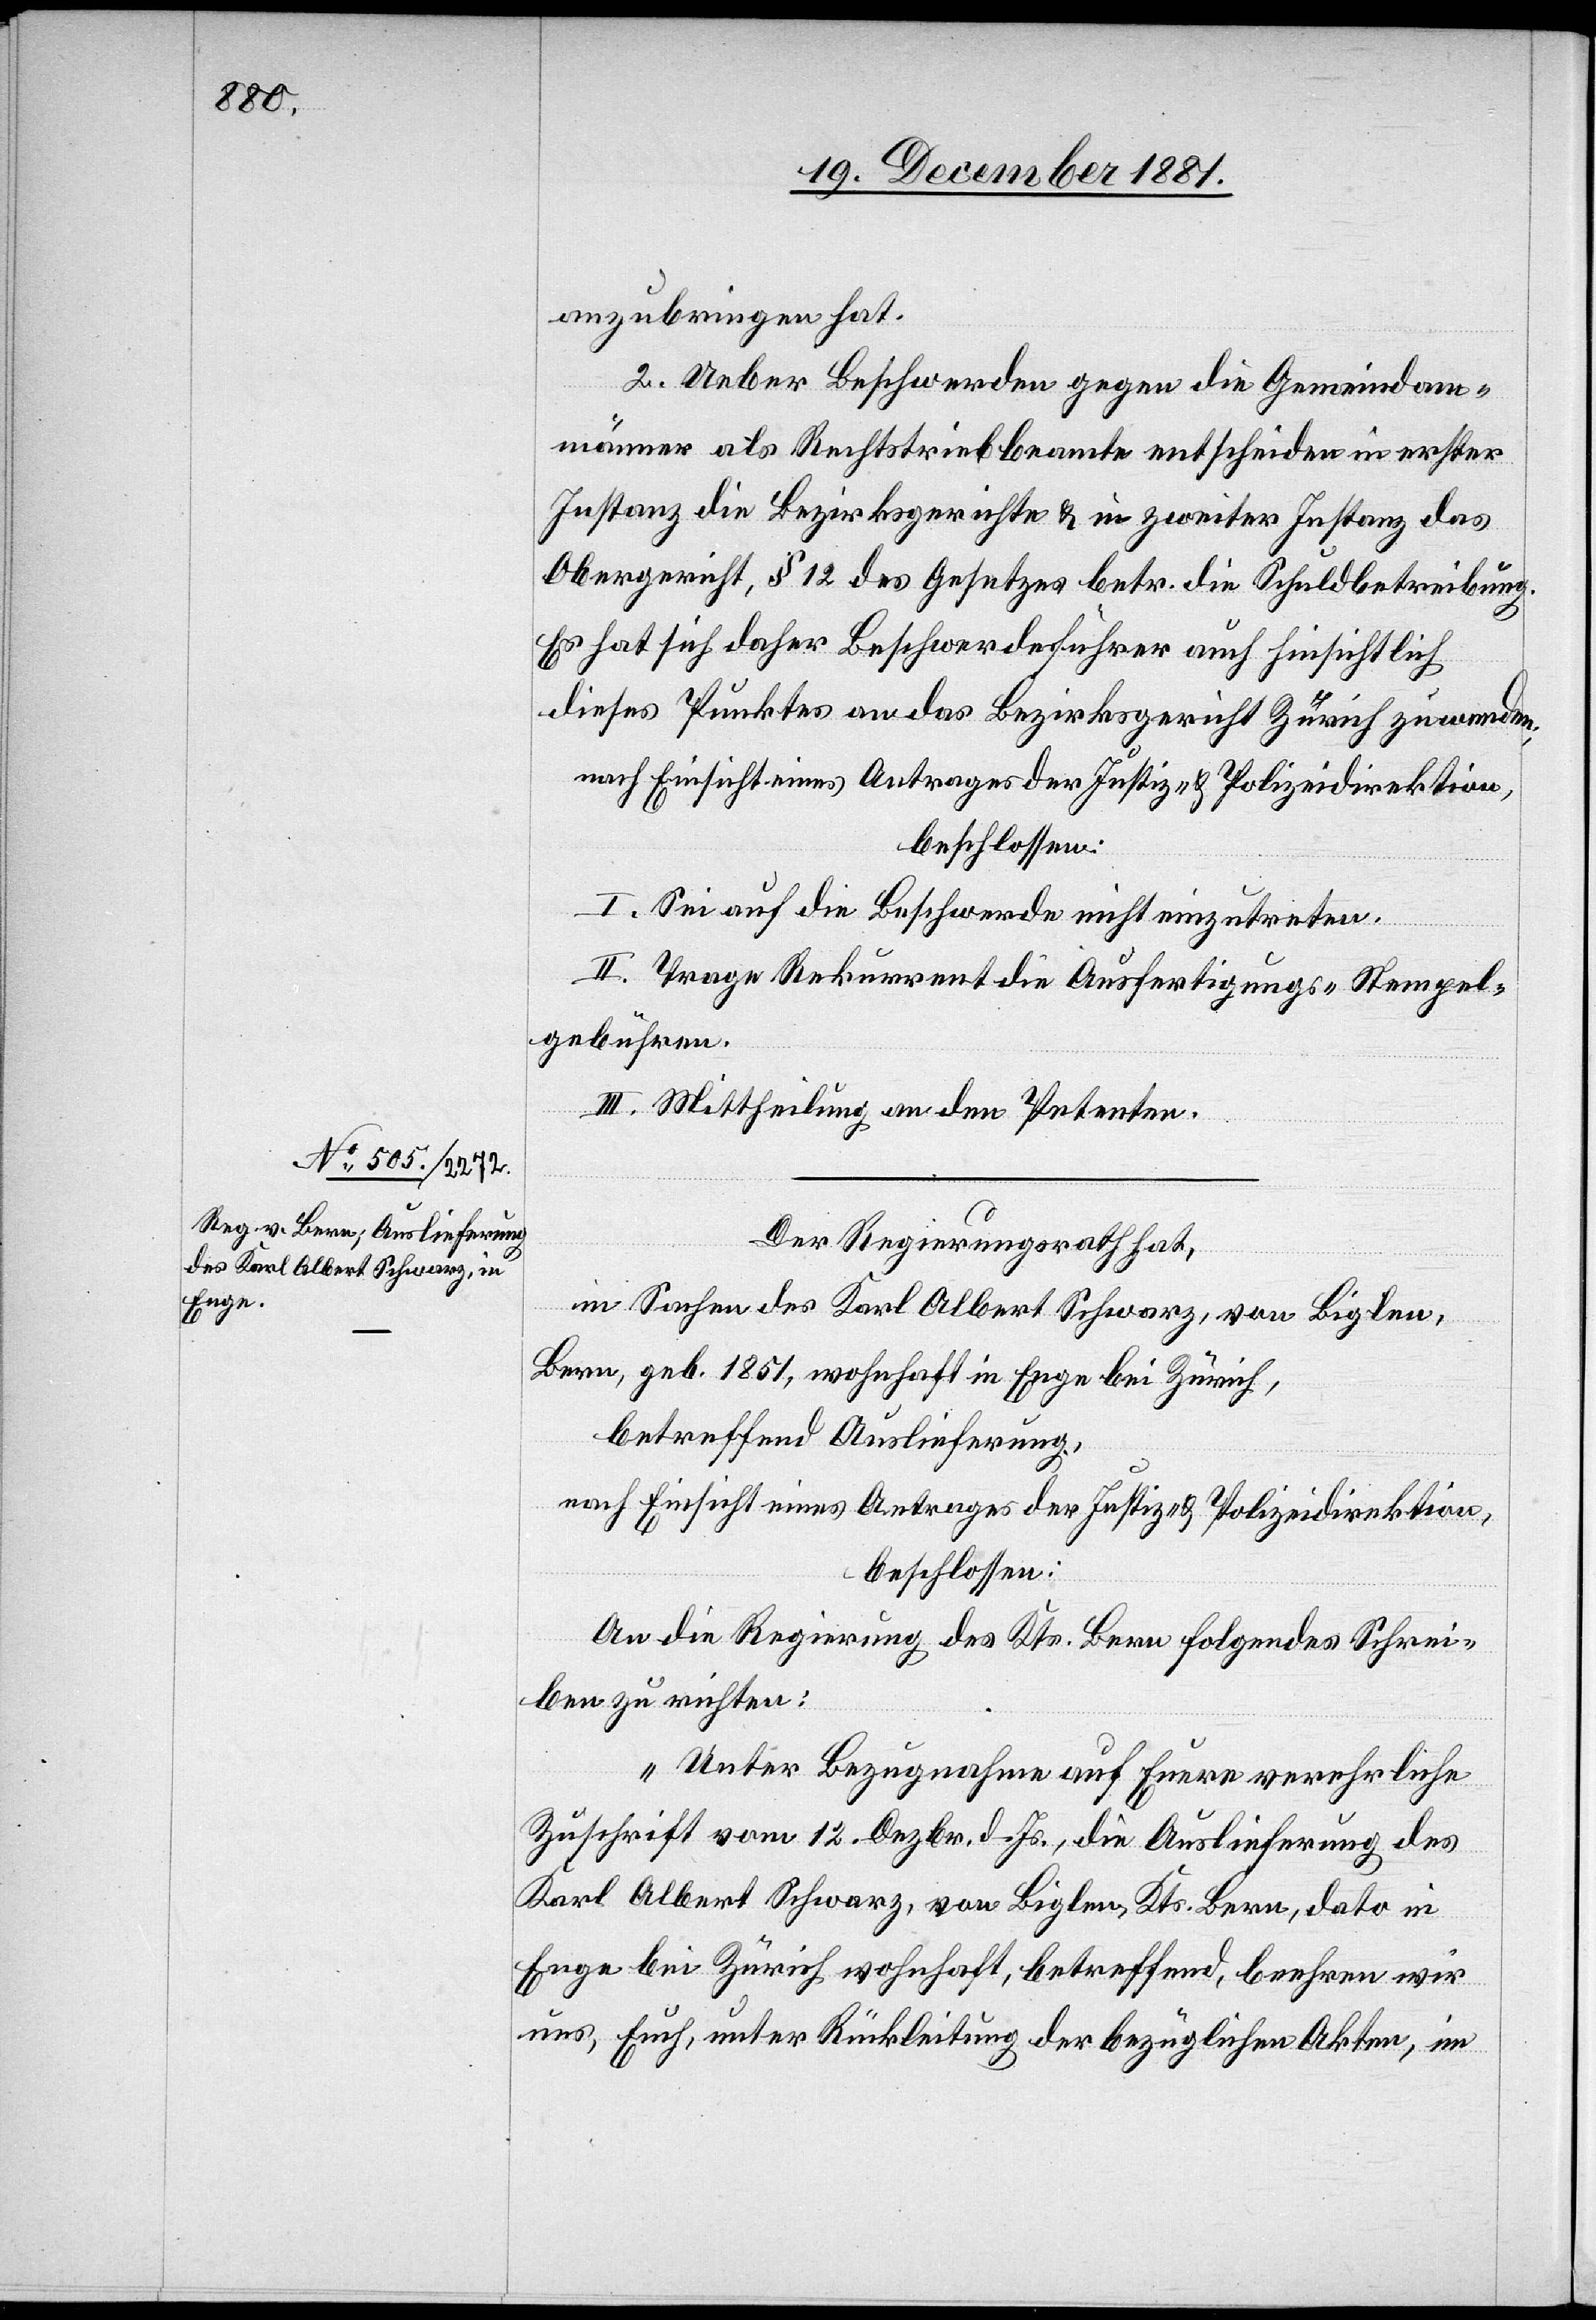
anzubringen hat.
2. Ueber Beschwerden gegen die Gemeindam¬
männer als Rechtstriebbeamte entscheiden in erster
Instanz die Bezirksgerichte & in zweiter Instanz das
Obergericht, § 12 des Gesetzes betr. die Schuldbetreibung.
Es hat sich daher Beschwerdeführer auch hinsichtlich
dieses Punktes an das Bezirksgericht Zürich zu wenden;
nach Einsicht eines Antrages der Justiz- & Polizeidirektion,
beschlossen:
I. Sei auf die Beschwerde nicht einzutreten.
II. Trage Rekurrent die Ausfertigungs- [und] Stempel¬
gebühren.
III. Mittheilung an den Petenten.
Der Regierungsrath hat,
in Sachen des Karl Albert Schwarz, von Biglen,
Bern, geb. 1851, wohnhaft in Enge bei Zürich,
betreffend Auslieferung,
nach Einsicht eines Antrages der Justiz- & Polizeidirektion,
beschlossen:
An die Regierung des Kts. Bern folgendes Schrei¬
ben zu richten:
„Unter Bezugnahme auf Euere verehrliche
Zuschrift vom 12. Dezbr. d. Js., die Auslieferung des
Karls Albert Schwarz, von Biglen, Kts. Bern, dato in
Enge bei Zürich wohnhaft, betreffend, beehren wir
uns, euch, unter Rückleitung der bezüglichen Akten, im